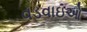
વડવાઇઓ